65_HS1-834228961_62-HQ-83894_Section_1
Agency: FBI
Page 11
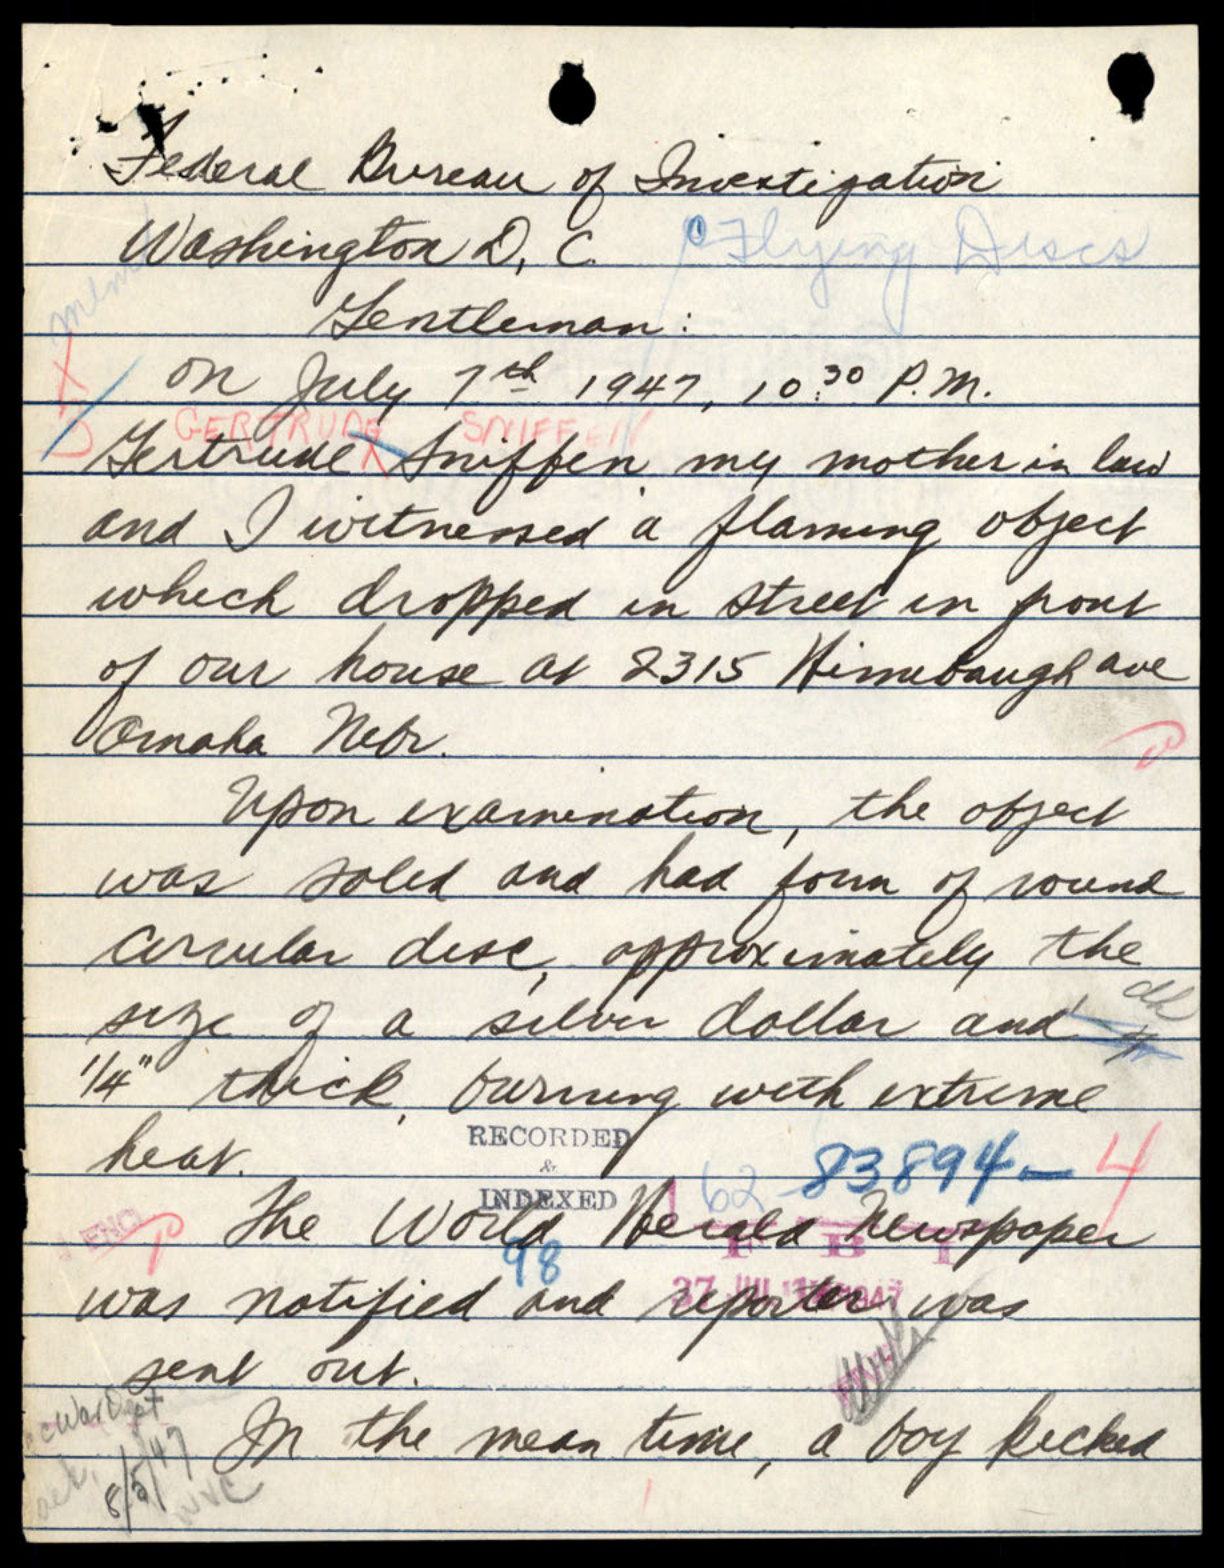